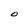
Character: O